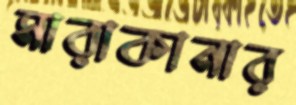
মারাকানার